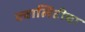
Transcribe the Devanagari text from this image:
क्वालिटीचा